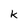
Character: k